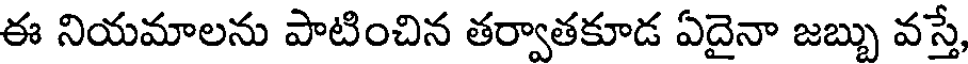
ఈ నియమాలను పాటించిన తర్వాతకూడ ఏదైనా జబ్బు వస్తే,